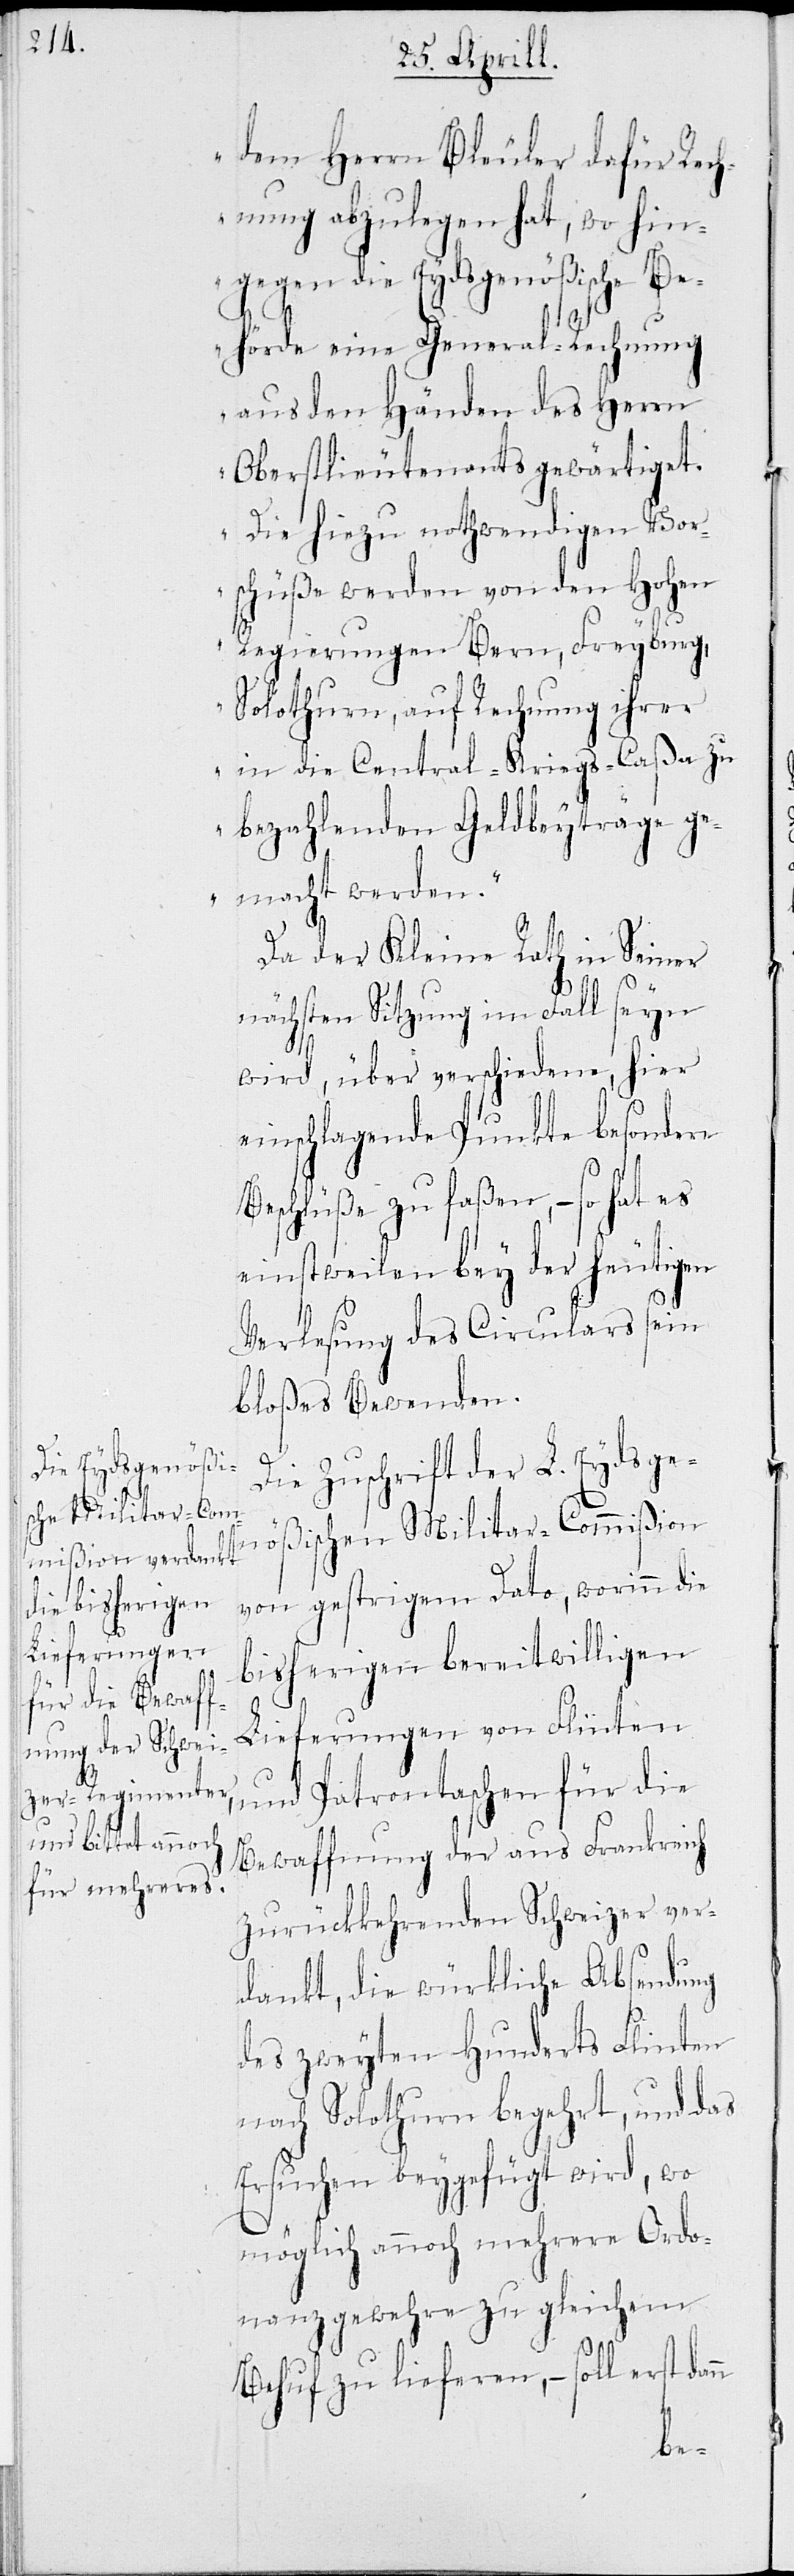
dem Herrn Bleuler dafür Rec¬
hnung abzulegen hat, wo hin¬
gegen die Eydsgenößische Be¬
hörde eine General-Rechnung
aus den Händen des Herrn
Oberstlieutenants gewärtiget.
Die hiezu nothwendigen Vor¬
schüße werden von den Hohen
Regierungen Bern, Freyburg,
Solothurn, auf Rechnung ihrer
in die Centrals-Kriegs-Caßa zu
bezahlenden Geldbeyträge ge¬
macht werden.“
Da der Kleine Rath in seiner
nächsten Sitzung im Fall seyn
wird, über verschiedene, hier
einschlagende Punkte besondere
Beschlüße zu faßen, – so hat es
einstweilen bey der heutigen
Verlesung des Circulars sein
bloßes Bewenden.
Die Zuschrift der L. Eydsgen¬
ößischen Militar-Commißion
von gestrigem Dato, worinn die
bisherigen bereitwilligen
Lieferungen von Flinten
und Patrontaschen für die
Bewaffnung der aus Frankreich
zurückkehrenden Schweizer ver¬
dankt, die würkliche Absendung
des zweiten Hunderts Flinten
nach Solothurn begehrt, und das
Ersuchen beygefügt wird, wo
möglich annoch mehrere Ordo¬
nanzgewehre zu gleichem
Behuf zu lieferen, – soll erst da¬
nn